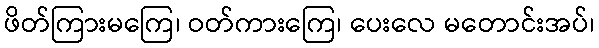
ဖိတ်ကြားမကြေ၊ ဝတ်ကားကြေ၊ ပေးလေ မတောင်းအပ်၊